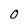
Character: O